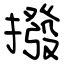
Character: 撥